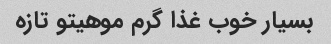
بسیار خوب غذا گرم موهیتو تازه